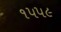
૧૫૫૯